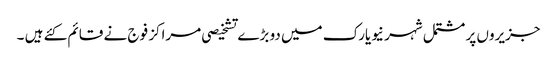
جزیروں پر مشتمل شہر نیویارک میں دو بڑے تشخیصی مراکز فوج نے قائم کئے ہیں ۔